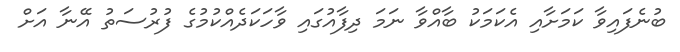
ބުނެފައިވާ ކަމަށާއި އެކަމަކު ބާއްވާ ނަމަ ދިފާއުގައި ވާހަކަދެއްކުމުގެ ފުރުސަތު އޭނާ އަށް